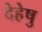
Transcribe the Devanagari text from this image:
देहेषु